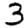
Digit: 3